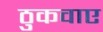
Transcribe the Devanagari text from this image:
ठुकवाए